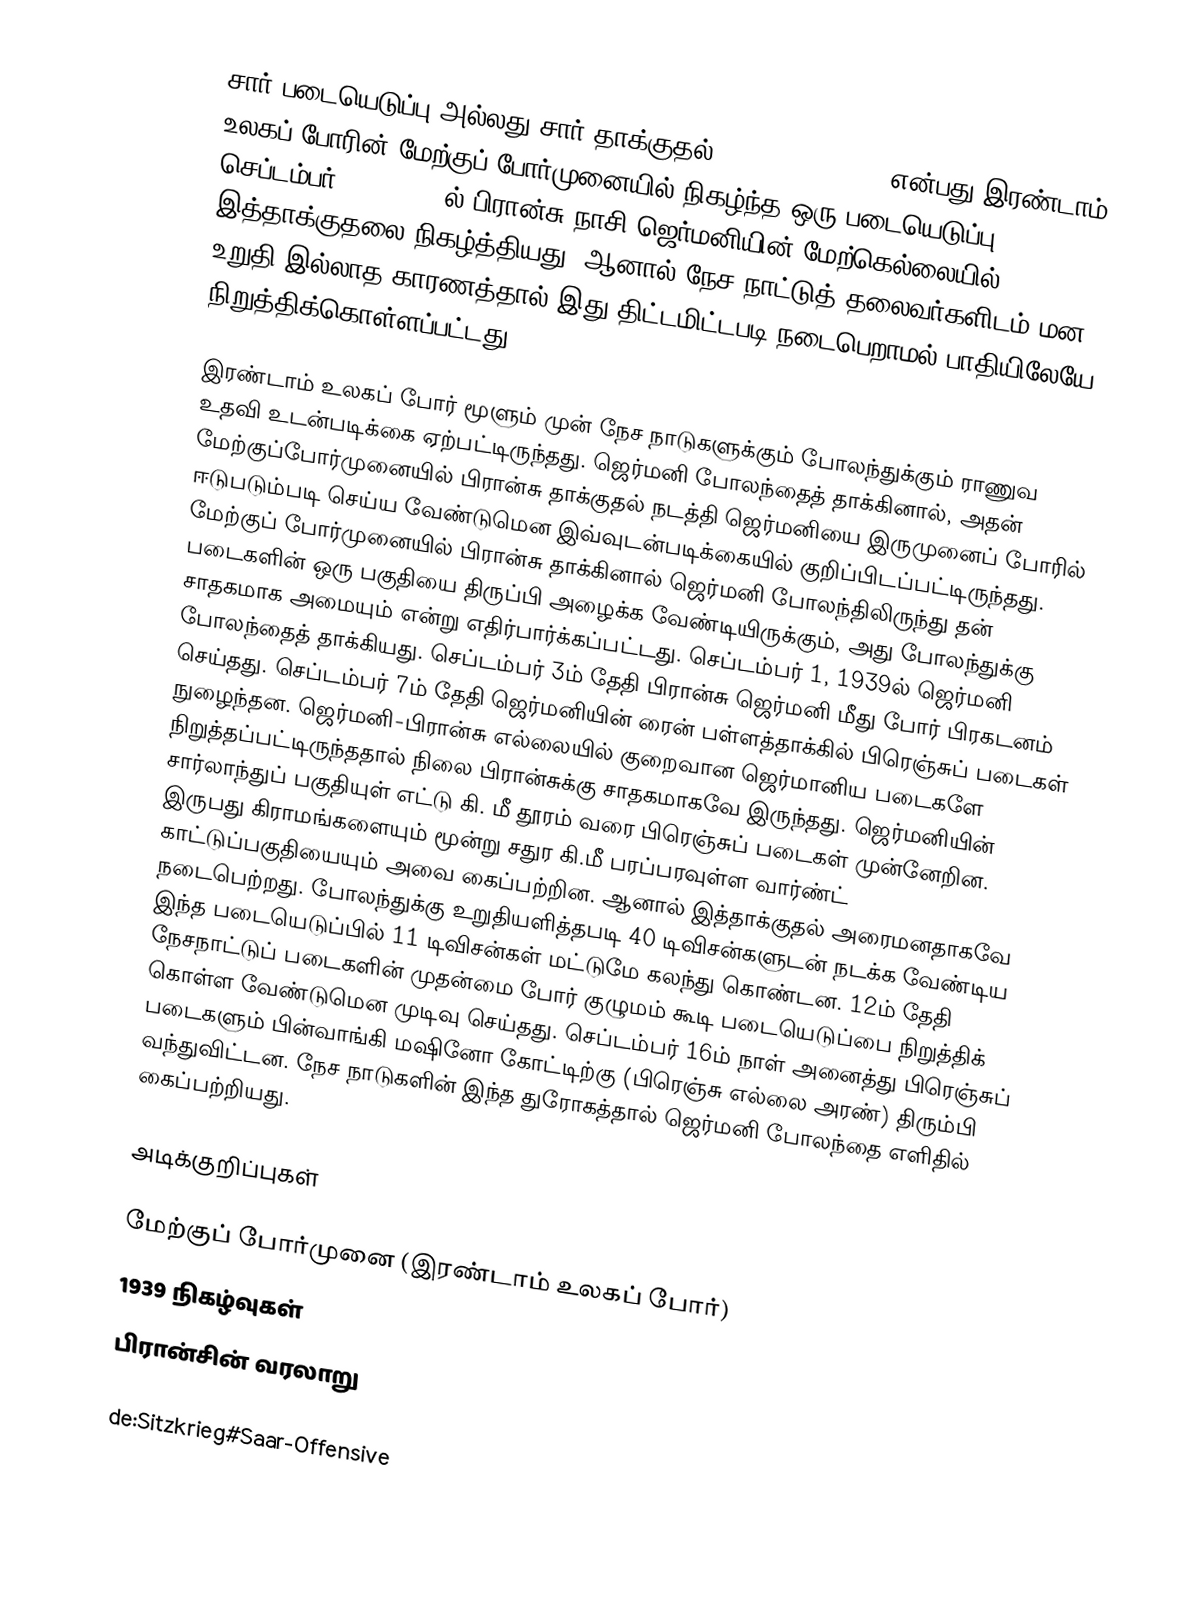
சார் படையெடுப்பு அல்லது சார் தாக்குதல் (Saar Offensive) என்பது இரண்டாம் உலகப் போரின் மேற்குப் போர்முனையில் நிகழ்ந்த ஒரு படையெடுப்பு. செப்டம்பர் 7-16, 1939ல் பிரான்சு நாசி ஜெர்மனியின் மேற்கெல்லையில் இத்தாக்குதலை நிகழ்த்தியது. ஆனால் நேச நாட்டுத் தலைவர்களிடம் மன உறுதி இல்லாத காரணத்தால் இது திட்டமிட்டபடி நடைபெறாமல் பாதியிலேயே நிறுத்திக்கொள்ளப்பட்டது.

இரண்டாம் உலகப் போர் மூளும் முன் நேச நாடுகளுக்கும் போலந்துக்கும் ராணுவ உதவி உடன்படிக்கை ஏற்பட்டிருந்தது. ஜெர்மனி போலந்தைத் தாக்கினால், அதன் மேற்குப்போர்முனையில் பிரான்சு தாக்குதல் நடத்தி ஜெர்மனியை இருமுனைப் போரில் ஈடுபடும்படி செய்ய வேண்டுமென இவ்வுடன்படிக்கையில் குறிப்பிடப்பட்டிருந்தது. மேற்குப் போர்முனையில் பிரான்சு தாக்கினால் ஜெர்மனி போலந்திலிருந்து தன் படைகளின் ஒரு பகுதியை திருப்பி அழைக்க வேண்டியிருக்கும், அது போலந்துக்கு சாதகமாக அமையும் என்று எதிர்பார்க்கப்பட்டது. செப்டம்பர் 1, 1939ல் ஜெர்மனி போலந்தைத் தாக்கியது. செப்டம்பர் 3ம் தேதி பிரான்சு ஜெர்மனி மீது போர் பிரகடனம் செய்தது. செப்டம்பர் 7ம் தேதி ஜெர்மனியின் ரைன் பள்ளத்தாக்கில் பிரெஞ்சுப் படைகள் நுழைந்தன. ஜெர்மனி-பிரான்சு எல்லையில் குறைவான ஜெர்மானிய படைகளே நிறுத்தப்பட்டிருந்ததால் நிலை பிரான்சுக்கு சாதகமாகவே இருந்தது. ஜெர்மனியின் சார்லாந்துப் பகுதியுள் எட்டு கி. மீ தூரம் வரை பிரெஞ்சுப் படைகள் முன்னேறின. இருபது கிராமங்களையும் மூன்று சதுர கி.மீ பரப்பரவுள்ள வார்ண்ட் காட்டுப்பகுதியையும் அவை கைப்பற்றின. ஆனால் இத்தாக்குதல் அரைமனதாகவே நடைபெற்றது. போலந்துக்கு உறுதியளித்தபடி 40 டிவிசன்களுடன் நடக்க வேண்டிய இந்த படையெடுப்பில் 11 டிவிசன்கள் மட்டுமே கலந்து கொண்டன. 12ம் தேதி நேசநாட்டுப் படைகளின் முதன்மை போர் குழுமம் கூடி படையெடுப்பை நிறுத்திக் கொள்ள வேண்டுமென முடிவு செய்தது. செப்டம்பர் 16ம் நாள் அனைத்து பிரெஞ்சுப் படைகளும் பின்வாங்கி மஷினோ கோட்டிற்கு (பிரெஞ்சு எல்லை அரண்) திரும்பி வந்துவிட்டன. நேச நாடுகளின் இந்த துரோகத்தால் ஜெர்மனி போலந்தை எளிதில் கைப்பற்றியது.

அடிக்குறிப்புகள்

 மேற்குப் போர்முனை (இரண்டாம் உலகப் போர்)
1939 நிகழ்வுகள்
பிரான்சின் வரலாறு

de:Sitzkrieg#Saar-Offensive